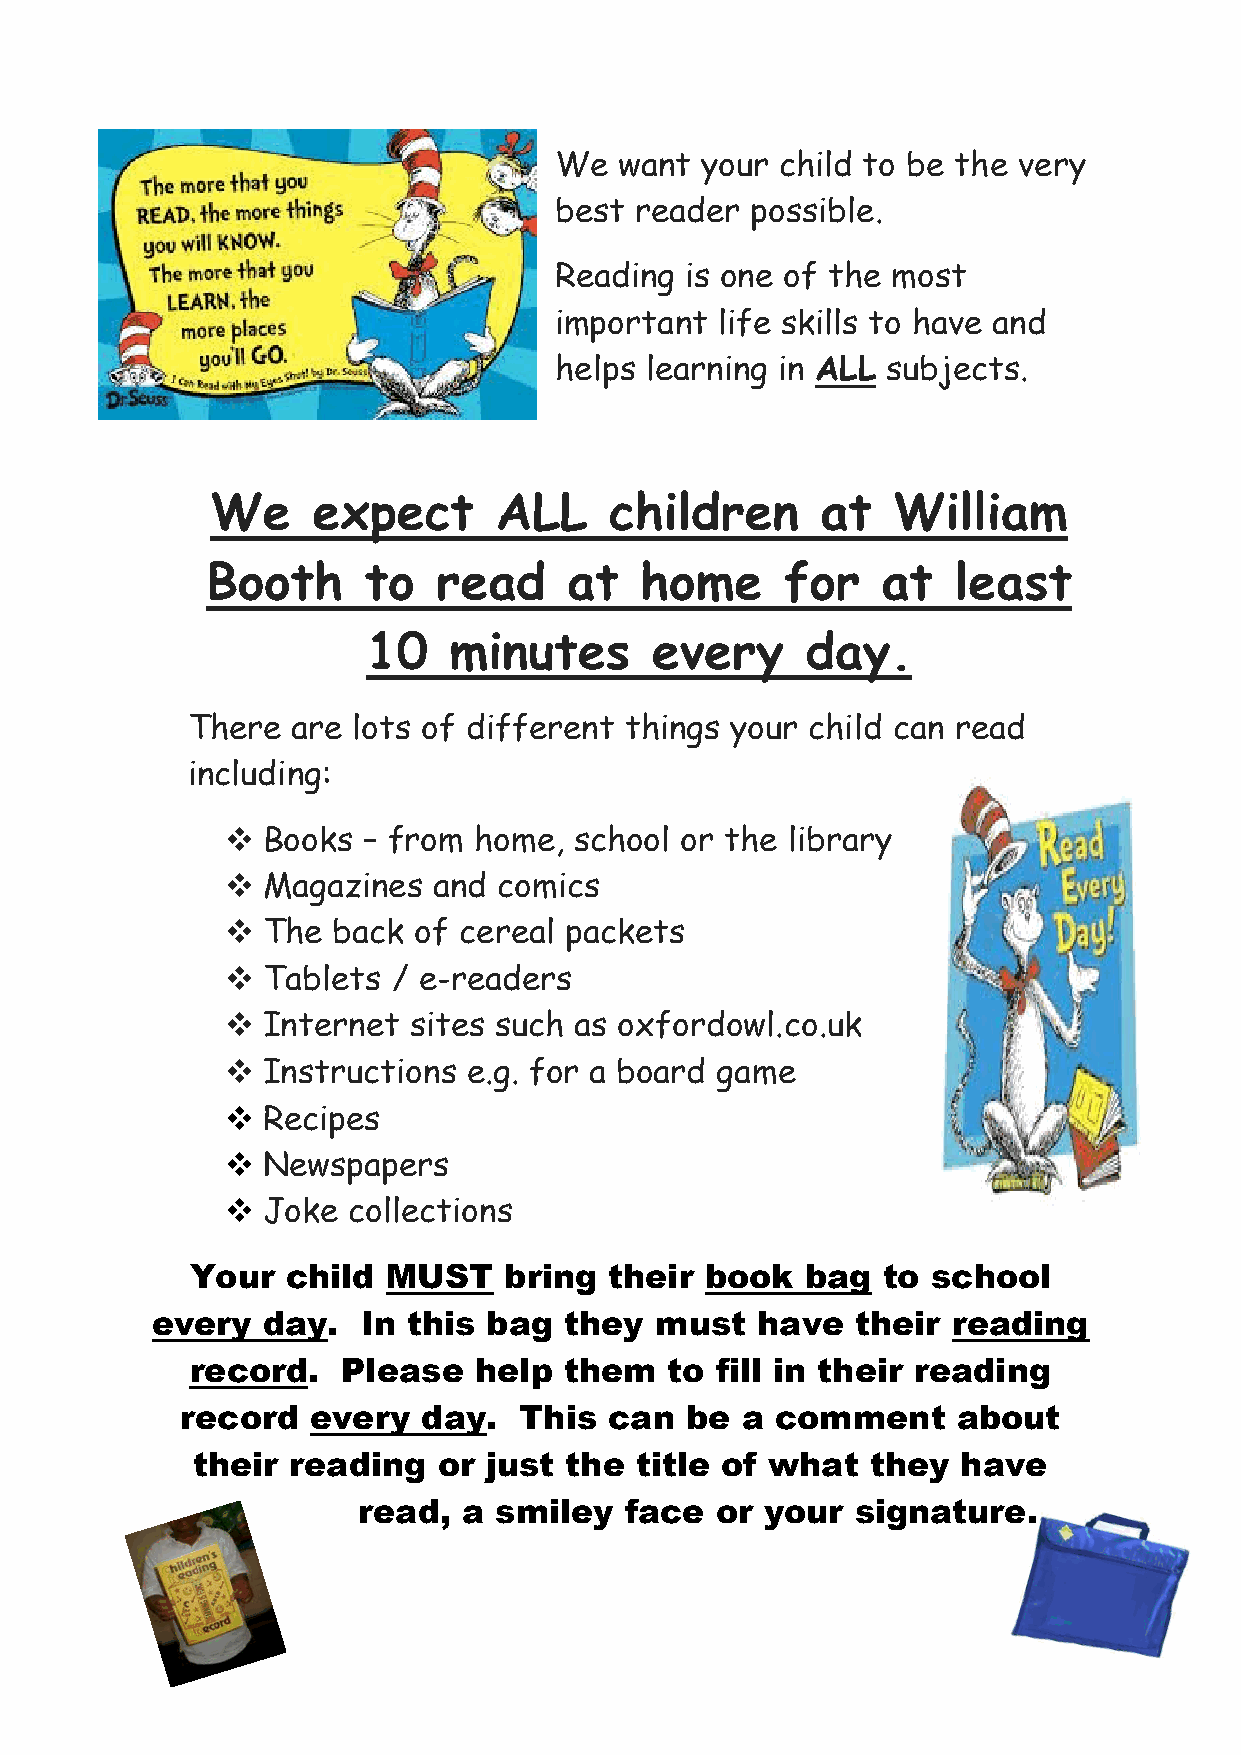
We  want your  child to be the very
 best reader  possible.
 Reading is one of the most
 important life skills to have and
 helps learning in ALL subjects.
 We     expect      ALL    children      at   William
 Booth     to   read     at  home      for   at   least
 10    minutes      every     day.
 There  are lots of different things your child can read
 including:
  Books  – from home,  school or the library
  Magazines   and comics
  The  back of cereal packets
  Tablets  / e-readers
  Internet  sites such as oxfordowl.co.uk
  Instructions  e.g. for a board game
  Recipes
  Newspapers
  Joke  collections
 Your  child  MUST   bring  their  book  bag  to  school
 every  day.   In this bag  they  must   have   their reading
 record.   Please  help  them   to fill in their reading
 record   every  day.  This  can  be  a comment     about
 their reading   or just the  title of what   they  have
 read,  a smiley  face  or  your  signature.